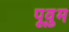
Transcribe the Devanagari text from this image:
पूवुम